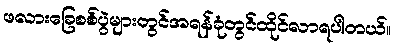
ဖလားခြေစစ်ပွဲများတွင်အရန်ခုံတွင်ထိုင်လာရပါတယ်။